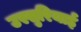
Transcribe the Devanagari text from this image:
उस्सुरियाई